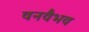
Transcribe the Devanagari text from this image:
वनवैभव